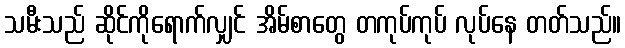
သမီးသည် ဆိုင်ကိုရောက်လျှင် အိမ်စာတွေ တကုပ်ကုပ် လုပ်နေ တတ်သည်။